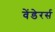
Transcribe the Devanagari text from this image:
वेंडेरर्स